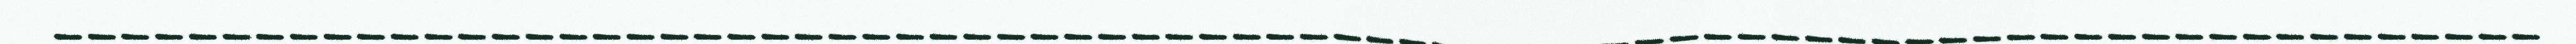
__________________________________________________________________________